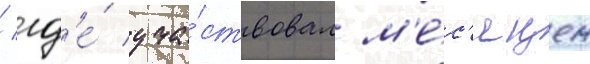
/ гд'е́ уча́ствовал м'е́с'яцем